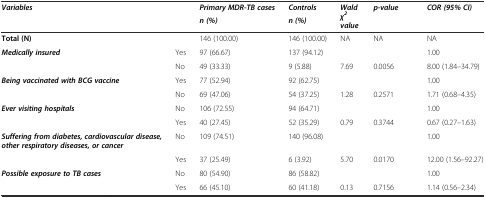
<table><thead><tr><td rowspan="2" colspan="2"><b><i>Variables</i></b></td><td><b><i>Primary MDR-TB cases</i></b></td><td><b><i>Controls</i></b></td><td rowspan="2"><b><i>Wald χ</i><sup><i>2</i></sup><i>value</i></b></td><td rowspan="2"><b><i>p-value</i></b></td><td rowspan="2"><b><i>COR (95% CI)</i></b></td></tr><tr><td><b><i>n (%)</i></b></td><td><b><i>n (%)</i></b></td></tr></thead><tbody><tr><td><b>Total (N)</b></td><td></td><td>146 (100.00)</td><td>146 (100.00)</td><td>NA</td><td>NA</td><td>NA</td></tr><tr><td><b><i>Medically insured</i></b></td><td>Yes</td><td>97 (66.67)</td><td>137 (94.12)</td><td></td><td></td><td>1.00</td></tr><tr><td></td><td>No</td><td>49 (33.33)</td><td>9 (5.88)</td><td>7.69</td><td>0.0056</td><td>8.00 (1.84–34.79)</td></tr><tr><td><b><i>Being vaccinated with BCG vaccine</i></b></td><td>Yes</td><td>77 (52.94)</td><td>92 (62.75)</td><td></td><td></td><td>1.00</td></tr><tr><td></td><td>No</td><td>69 (47.06)</td><td>54 (37.25)</td><td>1.28</td><td>0.2571</td><td>1.71 (0.68–4.35)</td></tr><tr><td><b><i>Ever visiting hospitals</i></b></td><td>No</td><td>106 (72.55)</td><td>94 (64.71)</td><td></td><td></td><td>1.00</td></tr><tr><td></td><td>Yes</td><td>40 (27.45)</td><td>52 (35.29)</td><td>0.79</td><td>0.3744</td><td>0.67 (0.27–1.63)</td></tr><tr><td><b><i>Suffering from diabetes, cardiovascular disease, other respiratory diseases, or cancer</i></b></td><td>No</td><td>109 (74.51)</td><td>140 (96.08)</td><td></td><td></td><td>1.00</td></tr><tr><td></td><td>Yes</td><td>37 (25.49)</td><td>6 (3.92)</td><td>5.70</td><td>0.0170</td><td>12.00 (1.56–92.27)</td></tr><tr><td><b><i>Possible exposure to TB cases</i></b></td><td>No</td><td>80 (54.90)</td><td>86 (58.82)</td><td></td><td></td><td>1.00</td></tr><tr><td></td><td>Yes</td><td>66 (45.10)</td><td>60 (41.18)</td><td>0.13</td><td>0.7156</td><td>1.14 (0.56–2.34)</td></tr></tbody></table>